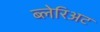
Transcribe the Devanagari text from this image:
ब्लेरिअट